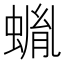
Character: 𧎠